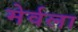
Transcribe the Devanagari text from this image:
मेर्वला